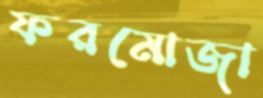
ফরমোজা